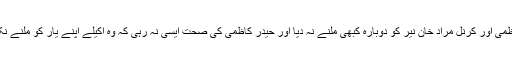
پھر ترکش اسٹاف کورس کے لئے استنبول جانے کی بلاترتیب پوسٹنگس نے حیدر کاظمی اور کرنل مراد خان نیر کو دوبارہ کبھی ملنے نہ دیا اور حیدر کاظمی کی صحت ایسی نہ رہی کہ وہ اکیلے اپنے یار کو ملنے نکل پڑتے بلکہ انکو تو اب یہ بھی خبر نہ تھی کہ وہ دوبارہ کس دنیا میں گم ہو گیا تھا ۔